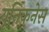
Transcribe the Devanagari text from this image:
यूनिकनेस